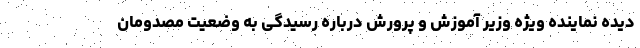
دیده نماینده ویژه وزیر آموزش و پرورش درباره رسیدگی به وضعیت مصدومان